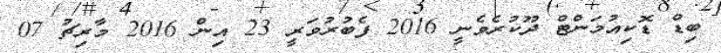
ބިޑް ޑޮކިއުމަންޓް ދޫކުރެވެނީ 2016 ފެބުރުވަރީ 23 އިން 2016 މާރިޗު 07